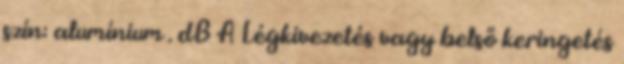
szín: alumínium . dB A Légkivezetés vagy belső keringetés